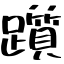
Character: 躓